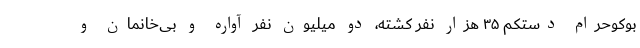
بوکوحرام دستکم ۳۵ هزار نفر کشته، دو میلیون نفر آواره و بی‌خانمان و